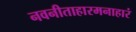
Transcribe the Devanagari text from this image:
नवनीताहारमनाहारं